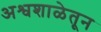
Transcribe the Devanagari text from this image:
अश्वशाळेतून